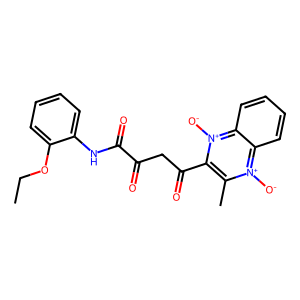
SMILES: CCOc1ccccc1NC(=O)C(=O)CC(=O)c1c(C)[n+]([O-])c2ccccc2[n+]1[O-]
Inhibits HIV replication: No